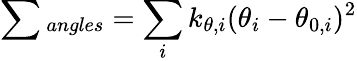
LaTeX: \sum{_{angles}}=\sum_{i}k_{\theta,i}(\theta_{i}-\theta_{0,i})^{2}